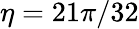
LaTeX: \eta=21\pi/32